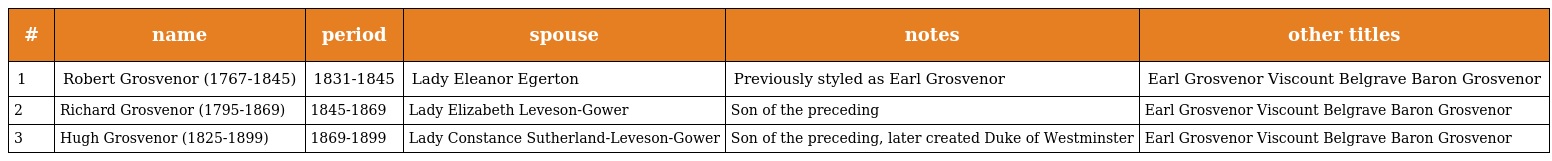
| # | name | period | spouse | notes | other titles |
 | --- | --- | --- | --- | --- | --- |
 | 1 | Robert Grosvenor (1767-1845) | 1831-1845 | Lady Eleanor Egerton | Previously styled as Earl Grosvenor | Earl Grosvenor Viscount Belgrave Baron Grosvenor |
 | 2 | Richard Grosvenor (1795-1869) | 1845-1869 | Lady Elizabeth Leveson-Gower | Son of the preceding | Earl Grosvenor Viscount Belgrave Baron Grosvenor |
 | 3 | Hugh Grosvenor (1825-1899) | 1869-1899 | Lady Constance Sutherland-Leveson-Gower | Son of the preceding, later created Duke of Westminster | Earl Grosvenor Viscount Belgrave Baron Grosvenor |